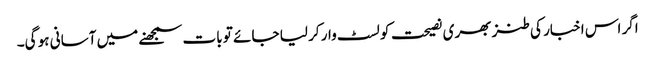
اگر اس اخبار کی طنز بھری نصیحت کو لسٹ وار کر لیا جائے تو بات سمجھنے میں آسانی ہو گی۔